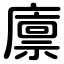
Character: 廪